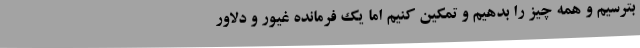
بترسیم و همه چیز را بدهیم و تمکین کنیم اما یک فرمانده غیور و دلاور